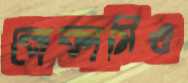
বোকামিও